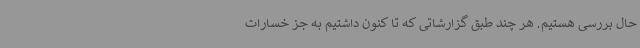
حال بررسی هستیم. هر چند طبق گزارشاتی که تا کنون داشتیم به جز خسارات